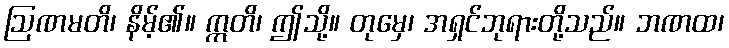
ဩဏမတိ၊ နိမ့်၏။ ဣတိ၊ ဤသို့။ တုမှေ၊ အရှင်ဘုရားတို့သည်။ ဘဏထ၊